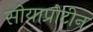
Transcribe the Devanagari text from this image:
सोयाप्रोटीन